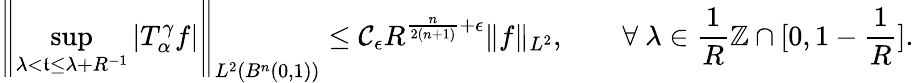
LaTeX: \left\| \operatorname*{sup}_{\lambda<\mathfrak{t}\leq\lambda+R^{-1}}|T_{\alpha}^{\gamma}f|\right\| _{L^{2}(B^{n}(0,1))}\leq\mathcal{C}_{\epsilon}R^{\frac{{n}}{{2(n+1)}}+\epsilon}\| f\| _{L^{2}},\quad\quad\forall~\lambda\in\frac{{1}}{{R}}\mathbb{{Z}}\cap[0,1-\frac{{1}}{{R}}].